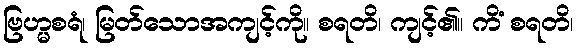
ဗြဟ္မစရံ၊ မြတ်သောအကျင့်ကို။ စရတိ၊ ကျင့်၏။ ကိံ စရတိ၊